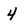
Character: 4